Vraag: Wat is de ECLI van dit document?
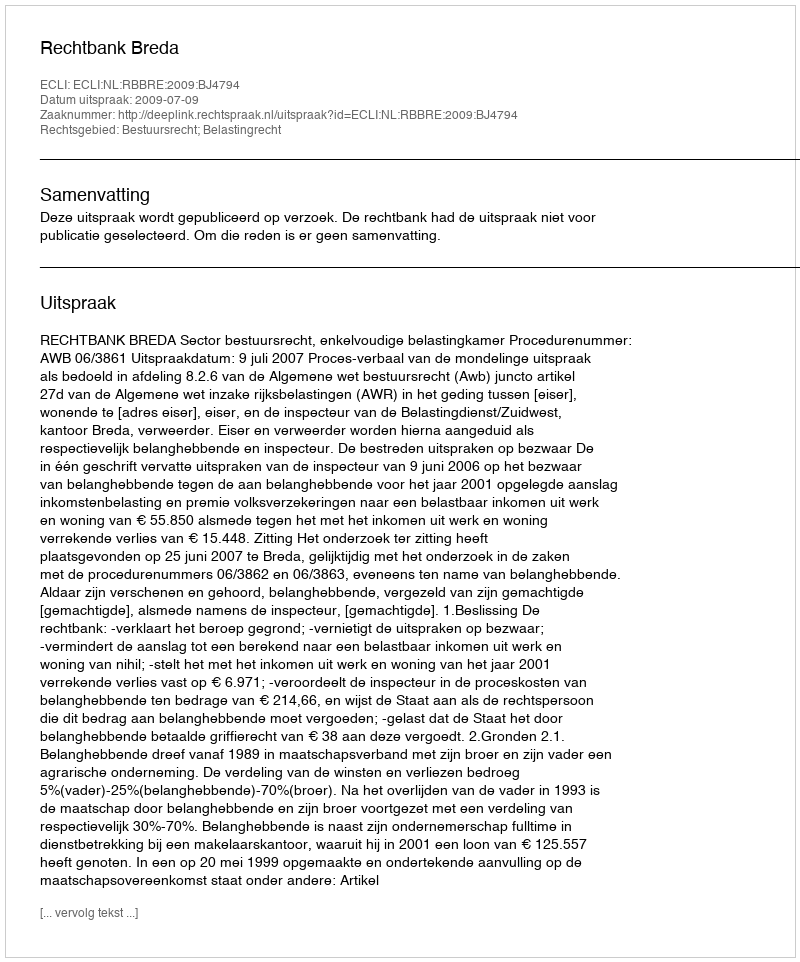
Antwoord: ECLI:NL:RBBRE:2009:BJ4794